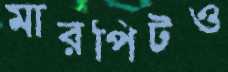
মারপিটও